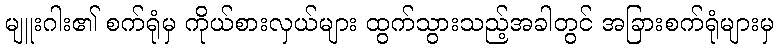
မျူးဂါး၏ စက်ရုံမှ ကိုယ်စားလှယ်များ ထွက်သွားသည့်အခါတွင် အခြားစက်ရုံများမှ